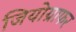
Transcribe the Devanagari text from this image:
जियोग्राफर